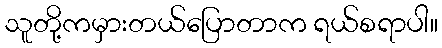
သူတို့ကမှားတယ်ပြောတာက ရယ်စရာပါ။